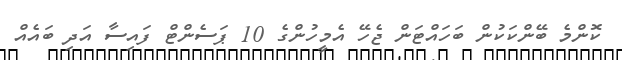
ކޮންމެ ބޭންކަކުން ބަހައްޓަން ޖެހޭ އެމީހުންގެ 10 ޕަސެންޓް ފައިސާ އަދި ބައެއް